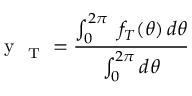
\mathrm { ~ y ~ } _ { \mathrm { ~ T ~ } } = \frac { \int _ { 0 } ^ { 2 \pi } \, \, f _ { T } ( \theta ) \, d \theta } { \int _ { 0 } ^ { 2 \pi } d \theta }